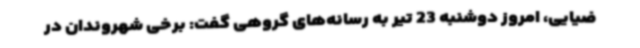
ضیایی، امروز دوشنبه 23 تیر به رسانه‌های گروهی گفت: برخی شهروندان در